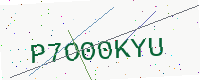
Text: P7O00KYU